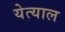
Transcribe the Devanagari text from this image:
येत्याल